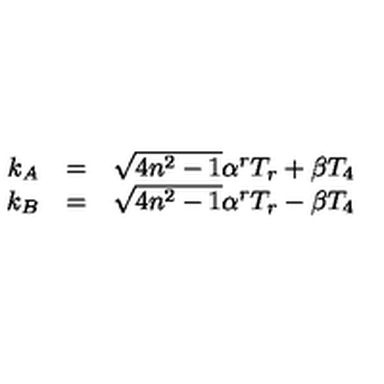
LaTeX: \begin{array} { r c l } { k _ { A } } & { = } & { \sqrt { 4 n ^ { 2 } - 1 } \alpha ^ { r } T _ { r } + \beta T _ { 4 } } \\ { k _ { B } } & { = } & { \sqrt { 4 n ^ { 2 } - 1 } \alpha ^ { r } T _ { r } - \beta T _ { 4 } } \\ \end{array}